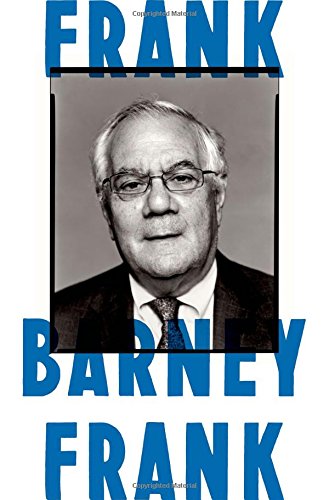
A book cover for Frank: A Life in Politics from the Great Society to Same-Sex Marriage; Barney Frank; Gay & Lesbian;